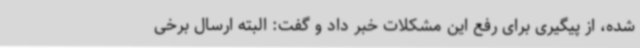
شده، از پیگیری برای رفع این مشکلات خبر داد و گفت: البته ارسال برخی